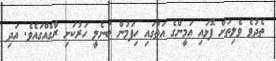
ތެދުވެ ވެލިތަށް ފޮޅައި އަމީންގެ އަތުގައި ހިފަމުން ބުނެލީ ހަރުކަށި ރާގެއްގައެވެ. އަދި